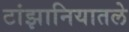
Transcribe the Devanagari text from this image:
टांझानियातले